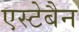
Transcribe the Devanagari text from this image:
एस्टेबैन